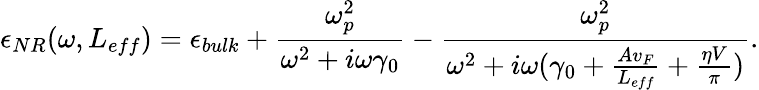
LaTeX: \epsilon_{NR}(\omega,L_{eff})=\epsilon_{bulk}+\frac{\omega_{p}^{2}}{\omega^{2}+i\omega\gamma_{0}}-\frac{\omega_{p}^{2}}{\omega^{2}+i\omega(\gamma_{0}+\frac{Av_{F}}{L_{eff}}+\frac{\eta V}{\pi})}.